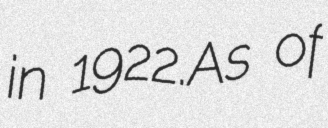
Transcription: in 1922.As of